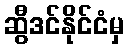
ဆွီဒင်နိုင်ငံမှ